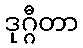
ဒုဂ္ဂီတာ